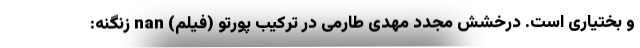
و بختیاری است. درخشش مجدد مهدی طارمی در ترکیب پورتو (فیلم) nan زنگنه: